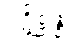
ပဋိစ္ဆန္နံ